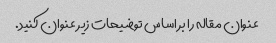
عنوان مقاله را بر اساس توضیحات زیر عنوان کنید.